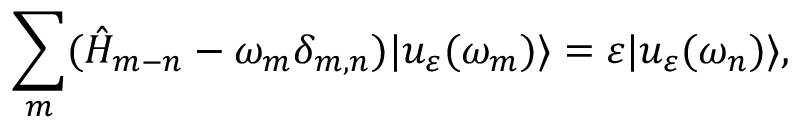
\sum _ { m } ( \hat { H } _ { m - n } - \omega _ { m } \delta _ { m , n } ) | u _ { \varepsilon } ( \omega _ { m } ) \rangle = \varepsilon | u _ { \varepsilon } ( \omega _ { n } ) \rangle ,